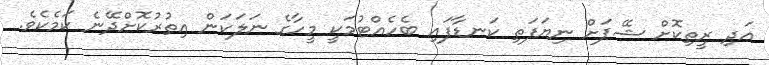
އަދި ރީތިކޮށް ޝޭޕަށް ނިޔަފަތި ކަނޑާފައި ބެހެއްޓުމަކީ މީހާގެ ނަލަކަން އިތުރުކޮށްދޭނެ ކަމެކެވެ.